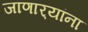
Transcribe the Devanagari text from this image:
जाणार्‍यांना